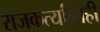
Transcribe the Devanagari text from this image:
राजकर्त्यांनाही